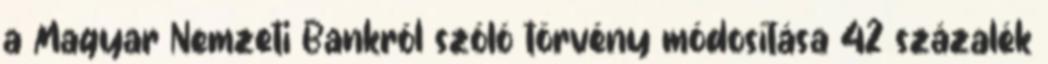
a Magyar Nemzeti Bankról szóló törvény módosítása 42 százalék